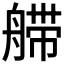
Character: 𰰏